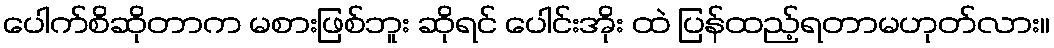
ပေါက်စိဆိုတာက မစားဖြစ်ဘူး ဆိုရင် ပေါင်းအိုး ထဲ ပြန်ထည့်ရတာမဟုတ်လား။